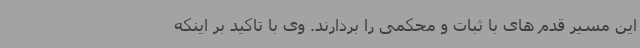
این مسیر قدم های با ثبات و محکمی را بردارند. وی با تاکید بر اینکه